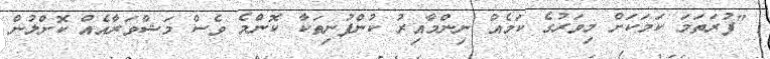
"ފުރަތަމަ ކަމަކަށް މިވަރުގެ ކަމެއް ނިންމާއިރު ކުންފުނިތަކާ ކޮންމެ ވެސް މަޝްވަރާއެއް ކޮށްލުން